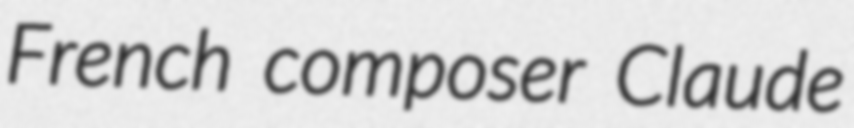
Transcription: French composer Claude